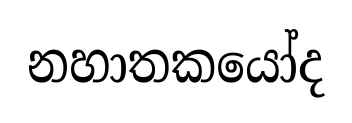
නහාතකයෝද